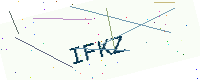
Text: IFKZ